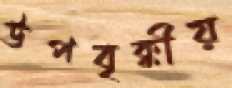
উপবৃক্কীয়